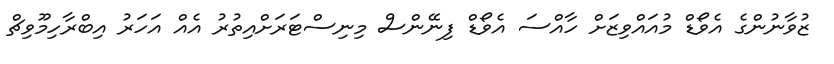
ޒުވާނުންގެ އެވޯޑް މުއައްވިޒަށް ހާއްސަ އެވޯޑް ފިނޭންސް މިނިސްޓަރަށްއިތުރު އެއް އަހަރު އިބްރާހިމޫވިޗް